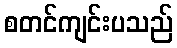
စတင်ကျင်းပသည်